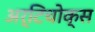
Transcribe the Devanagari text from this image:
अर्टिचोक्स